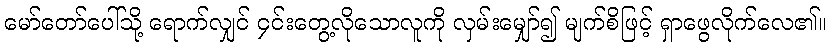
မော်တော်ပေါ်သို့ ရောက်လျှင် ၄င်းတွေ့လိုသောလူကို လှမ်းမျှော်၍ မျက်စိဖြင့် ရှာဖွေလိုက်လေ၏။